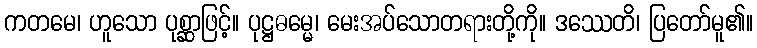
ကတမေ၊ ဟူသော ပုစ္ဆာဖြင့်။ ပုဋ္ဌဓမ္မေ၊ မေးအပ်သောတရားတို့ကို။ ဒဿေတိ၊ ပြတော်မူ၏။